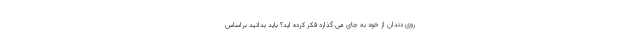
روی دندان از خود به جای می گذارد فکر کرده اید؟ باید بدانید براساس